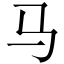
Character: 马